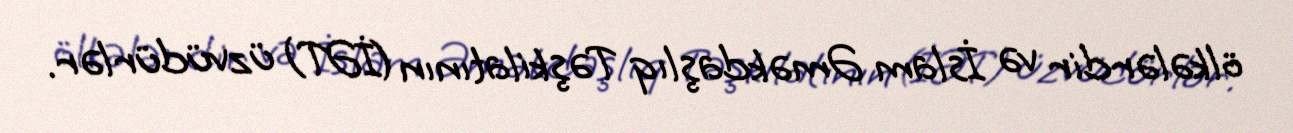
ölkələrdir və İslam Əməkdaşlıq Təşkilatının (İƏT) üzvüdürlər.